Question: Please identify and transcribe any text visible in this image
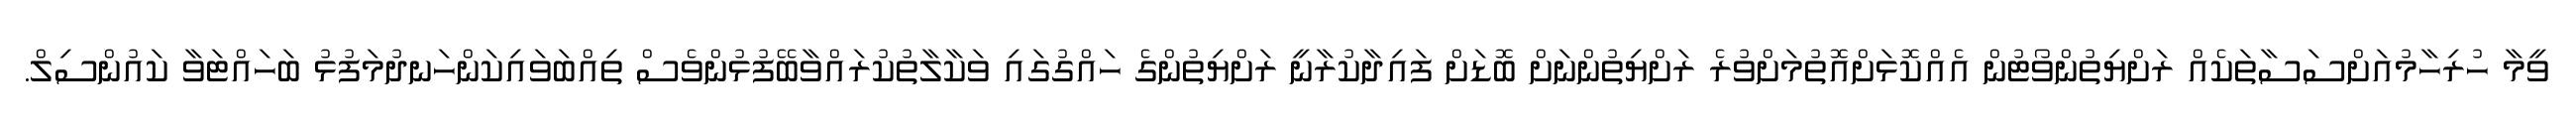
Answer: ވީމާ ހުރިހާމުއަށްސަސާތަކެއް ރަށްޔިތުންވޯޓުން އެއްކޮޅަށްއޮތުމަށްވުރެ ރަށްޔިތުންނަށް ބޮޑަށް ފައިދާކުރާނީ ރަށްޔިތުންގެ ހައްގުގައި ވަކާލާތުކުރައްވާބޭފުޅުންވެސް ތިއްބަވައިކަންހަނދުމަފުޅު ބަހައްޓަވާ ކައުންސިލް.